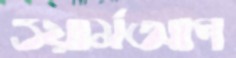
ওয়ার্মআপ